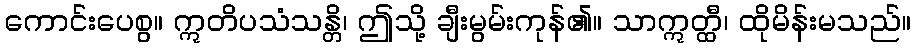
ကောင်းပေစွ။ ဣတိပသံသန္တိ၊ ဤသို့ ချီးမွမ်းကုန်၏။ သာဣတ္ထီ၊ ထိုမိန်းမသည်။